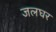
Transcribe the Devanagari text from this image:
जलघर